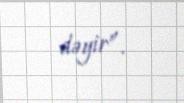
dəyir”.